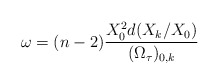
\begin{align*}\omega=(n-2)\frac{X_0^2 d(X_k/X_0) }{(\Omega_{\tau})_{0,k}}\end{align*}